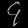
Digit: ၄